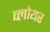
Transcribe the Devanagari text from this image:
व्लोयर